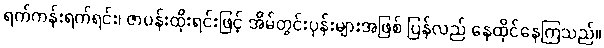
ရက်ကန်းရက်ရင်း၊ ဇာပန်းထိုးရင်းဖြင့် အိမ်တွင်းပုန်းများအဖြစ် ပြန်လည် နေထိုင်နေကြသည်။